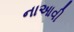
નાઆવી